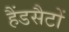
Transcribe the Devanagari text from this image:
हैंडसैटों